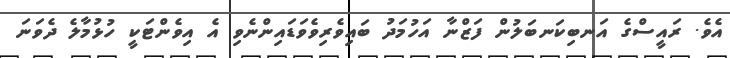
އެވެ. ރައީސްގެ އަނބިކަނބަލުން ފަޒްނާ އަހުމަދު ބައިވެރިވެވަޑައިންނެވި އެ އިވެންޓަކީ ހުޅުމާލެ ދެވަނަ